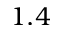
1 . 4